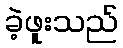
ခဲ့ဖူးသည်